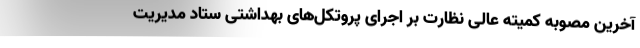
آخرین مصوبه کمیته عالی نظارت بر اجرای پروتکل‌های بهداشتی ستاد مدیریت